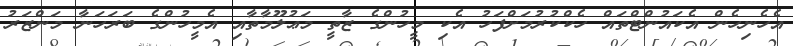
އެހެނިހެން އެކައުންޓްތައް ހެކްކުރުމަށްފަހު އެކި މީހުންގެ ޒާތީ މަޢުލޫމާތާއި އެމީހުންގެ ބަރަހަނާ މަންޒަރު